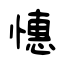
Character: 憓